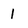
Character: 1